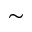
\sim